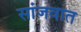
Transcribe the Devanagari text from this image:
सांजवात